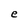
Character: e